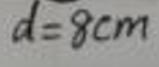
$d = 8cm$